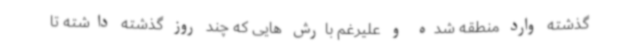
گذشته وارد منطقه شده و علیرغم بارش هایی که چند روز گذشته داشته تا